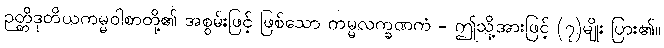
ဉတ္တိဒုတိယကမ္မဝါစာတို့၏ အစွမ်းဖြင့် ဖြစ်သော ကမ္မလက္ခဏကံ - ဤသို့အားဖြင့် (၇)မျိုး ပြား၏။